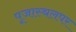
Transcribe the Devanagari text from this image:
पूजास्थलपर